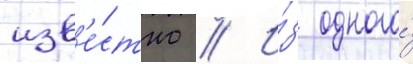
изв'е́стно // И́з одного́